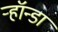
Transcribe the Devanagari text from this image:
ऱ्हॉन्डा